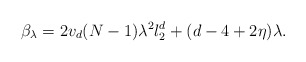
\begin{align*} \beta_\lambda = 2v_d(N-1)\lambda^2l_2^d+(d-4+2\eta)\lambda.\end{align*}